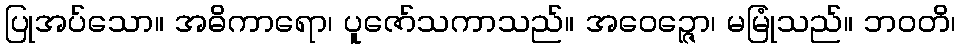
ပြုအပ်သော။ အဓိကာရော၊ ပူဇော်သကာသည်။ အဝေဉ္ဇော၊ မမြုံသည်။ ဘဝတိ၊